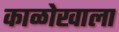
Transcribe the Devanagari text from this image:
काळोखाला